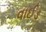
વાઈડ